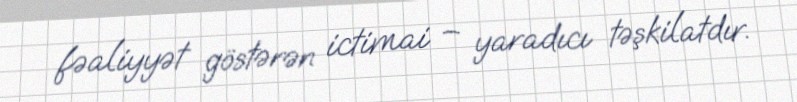
fəaliyyət göstərən ictimai – yaradıcı təşkilatdır.